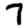
Digit: 7